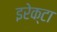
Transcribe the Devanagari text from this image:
इरेक्टा